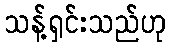
သန့်ရှင်းသည်ဟု